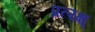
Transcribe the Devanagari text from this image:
प्रत्य्क्ष्